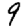
Digit: 9